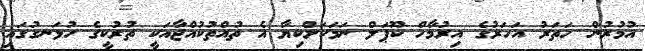
އުމުރުން ހަތަރު އަހަރުގެ އިރުމާހް ކޫޕަލް ނަމަކަށްކިޔާ އެ ތުއްތުކުއްޖާއަކީ ތުރުކީގެ ހުޅަނގުގައި